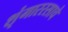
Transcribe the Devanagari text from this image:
शृंगाररसाचे